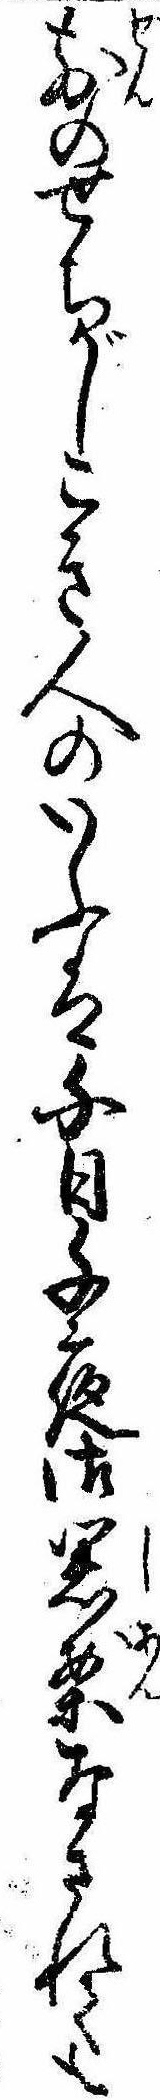
前のせちがしこき人のいふは千日千夜御思案なされても